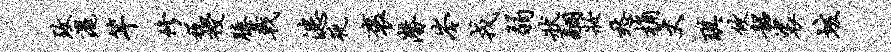
致洒竿修税授臆戟漶夜褒潜岑戎弱状翮妆愁桷丈琪攸韶裟垓